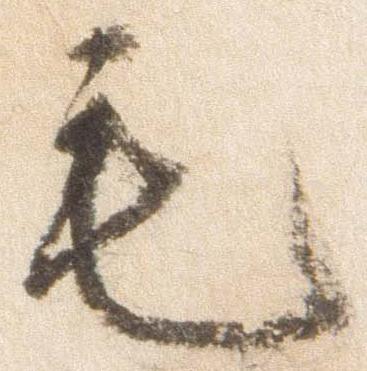
毛